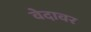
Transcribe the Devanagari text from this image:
वेदावर